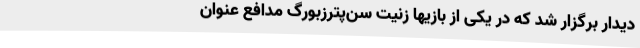
دیدار برگزار شد که در یکی از بازیها زنیت سن‌پترزبورگ مدافع عنوان